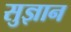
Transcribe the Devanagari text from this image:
सुज्ञान